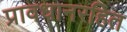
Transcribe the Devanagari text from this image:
प्रावधानरहित